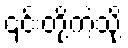
၎င်းတို့ကဲ့သို့